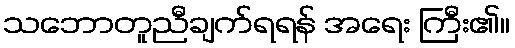
သဘောတူညီချက်ရရန် အရေး ကြီး၏။